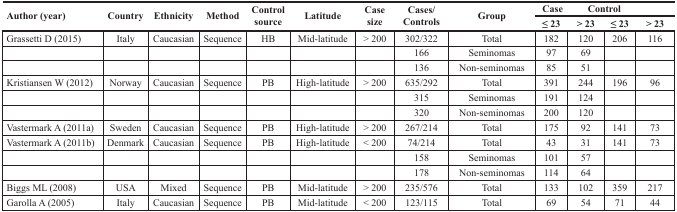
<table><thead><tr><td rowspan="2"><b>Author (year)</b></td><td rowspan="2"><b>Country</b></td><td rowspan="2"><b>Ethnicity</b></td><td rowspan="2"><b>Method</b></td><td rowspan="2"><b>Control source</b></td><td rowspan="2"><b>Latitude</b></td><td rowspan="2"><b>Case size</b></td><td rowspan="2"><b>Cases/ Controls</b></td><td rowspan="2"><b>Group</b></td><td colspan="2"><b>Case</b></td><td colspan="2"><b>Control</b></td></tr><tr><td><b>≤ 23</b></td><td><b>&gt; 23</b></td><td><b>≤ 23</b></td><td><b>&gt; 23</b></td></tr></thead><tbody><tr><td>Grassetti D (2015)</td><td>Italy</td><td>Caucasian</td><td>Sequence</td><td>HB</td><td>Mid-latitude</td><td>&gt; 200</td><td>302/322</td><td>Total</td><td>182</td><td>120</td><td>206</td><td>116</td></tr><tr><td></td><td></td><td></td><td></td><td></td><td></td><td></td><td>166</td><td>Seminomas</td><td>97</td><td>69</td><td></td><td></td></tr><tr><td></td><td></td><td></td><td></td><td></td><td></td><td></td><td>136</td><td>Non-seminomas</td><td>85</td><td>51</td><td></td><td></td></tr><tr><td>Kristiansen W (2012)</td><td>Norway</td><td>Caucasian</td><td>Sequence</td><td>PB</td><td>High-latitude</td><td>&gt; 200</td><td>635/292</td><td>Total</td><td>391</td><td>244</td><td>196</td><td>96</td></tr><tr><td></td><td></td><td></td><td></td><td></td><td></td><td></td><td>315</td><td>Seminomas</td><td>191</td><td>124</td><td></td><td></td></tr><tr><td></td><td></td><td></td><td></td><td></td><td></td><td></td><td>320</td><td>Non-seminomas</td><td>200</td><td>120</td><td></td><td></td></tr><tr><td>Vastermark A (2011a)</td><td>Sweden</td><td>Caucasian</td><td>Sequence</td><td>PB</td><td>High-latitude</td><td>&gt; 200</td><td>267/214</td><td>Total</td><td>175</td><td>92</td><td>141</td><td>73</td></tr><tr><td>Vastermark A (2011b)</td><td>Denmark</td><td>Caucasian</td><td>Sequence</td><td>PB</td><td>High-latitude</td><td>&lt; 200</td><td>74/214</td><td>Total</td><td>43</td><td>31</td><td>141</td><td>73</td></tr><tr><td></td><td></td><td></td><td></td><td></td><td></td><td></td><td>158</td><td>Seminomas</td><td>101</td><td>57</td><td></td><td></td></tr><tr><td></td><td></td><td></td><td></td><td></td><td></td><td></td><td>178</td><td>Non-seminomas</td><td>114</td><td>64</td><td></td><td></td></tr><tr><td>Biggs ML (2008)</td><td>USA</td><td>Mixed</td><td>Sequence</td><td>PB</td><td>Mid-latitude</td><td>&gt; 200</td><td>235/576</td><td>Total</td><td>133</td><td>102</td><td>359</td><td>217</td></tr><tr><td>Garolla A (2005)</td><td>Italy</td><td>Caucasian</td><td>Sequence</td><td>PB</td><td>Mid-latitude</td><td>&lt; 200</td><td>123/115</td><td>Total</td><td>69</td><td>54</td><td>71</td><td>44</td></tr></tbody></table>